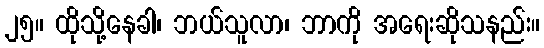
၂၅။ ထိုသို့နေခါ၊ ဘယ်သူလာ၊ ဘာကို အရေးဆိုသနည်း။